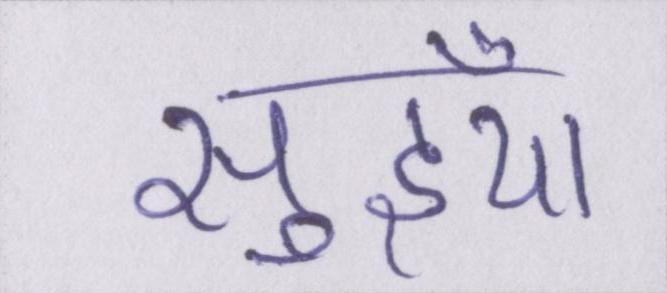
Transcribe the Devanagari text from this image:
सुइयाँ